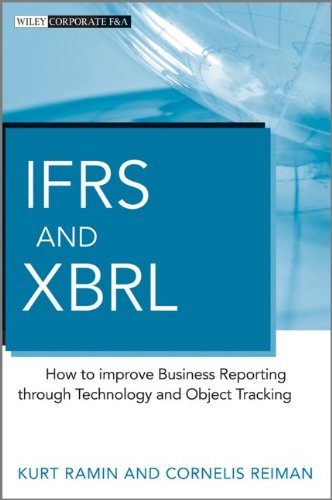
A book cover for IFRS and XBRL: How to improve Business Reporting through Technology and Object Tracking; Kurt Ramin; Business & Money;